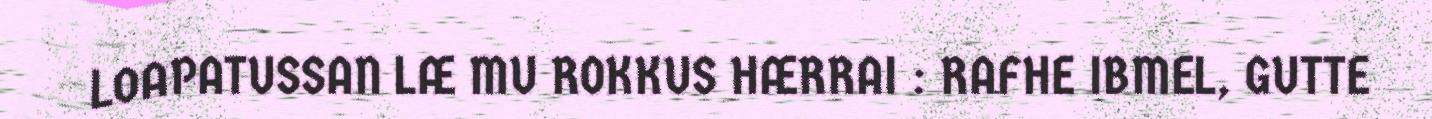
LOAPATUSSAN LÆ MU ROKKUS HÆRRAI : RAFHE IBMEL, GUTTE